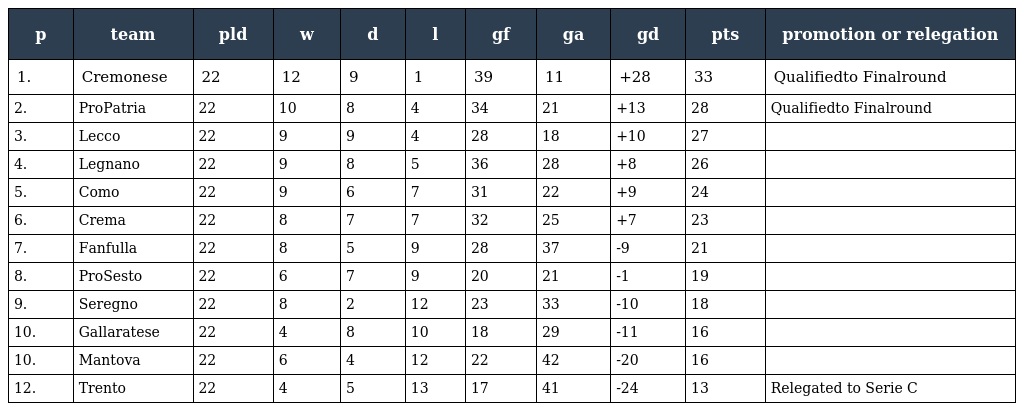
| p | team | pld | w | d | l | gf | ga | gd | pts | promotion or relegation |
 | --- | --- | --- | --- | --- | --- | --- | --- | --- | --- | --- |
 | 1. | Cremonese | 22 | 12 | 9 | 1 | 39 | 11 | +28 | 33 | Qualifiedto Finalround |
 | 2. | ProPatria | 22 | 10 | 8 | 4 | 34 | 21 | +13 | 28 | Qualifiedto Finalround |
 | 3. | Lecco | 22 | 9 | 9 | 4 | 28 | 18 | +10 | 27 |  |
 | 4. | Legnano | 22 | 9 | 8 | 5 | 36 | 28 | +8 | 26 |  |
 | 5. | Como | 22 | 9 | 6 | 7 | 31 | 22 | +9 | 24 |  |
 | 6. | Crema | 22 | 8 | 7 | 7 | 32 | 25 | +7 | 23 |  |
 | 7. | Fanfulla | 22 | 8 | 5 | 9 | 28 | 37 | -9 | 21 |  |
 | 8. | ProSesto | 22 | 6 | 7 | 9 | 20 | 21 | -1 | 19 |  |
 | 9. | Seregno | 22 | 8 | 2 | 12 | 23 | 33 | -10 | 18 |  |
 | 10. | Gallaratese | 22 | 4 | 8 | 10 | 18 | 29 | -11 | 16 |  |
 | 10. | Mantova | 22 | 6 | 4 | 12 | 22 | 42 | -20 | 16 |  |
 | 12. | Trento | 22 | 4 | 5 | 13 | 17 | 41 | -24 | 13 | Relegated to Serie C |